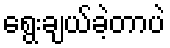
ရွေးချယ်ခဲ့တာပဲ